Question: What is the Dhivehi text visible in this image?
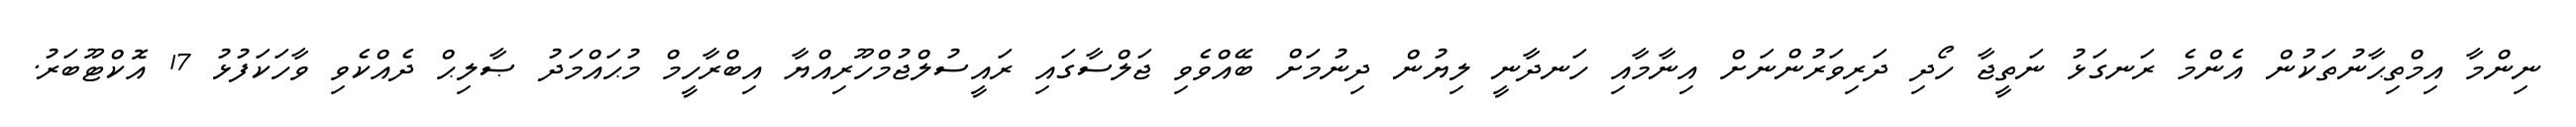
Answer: ނިންމާ އިމްތިޙާނުތަކުން އެންމެ ރަނގަޅު ނަތީޖާ ހޯދި ދަރިވަރުންނަށް އިނާމާއި ހަނދާނީ ލިޔުން ދިނުމަށް ބޭއްވެވި ޖަލްސާގައި ރައީސުލްޖުމްހޫރިއްޔާ އިބްރާހީމް މުޙައްމަދު ޞާލިޙް ދެއްކެވި ވާހަކަފުޅު 17 އޮކްޓޫބަރު.